Scottish Leaving Certificate Examination, 1951
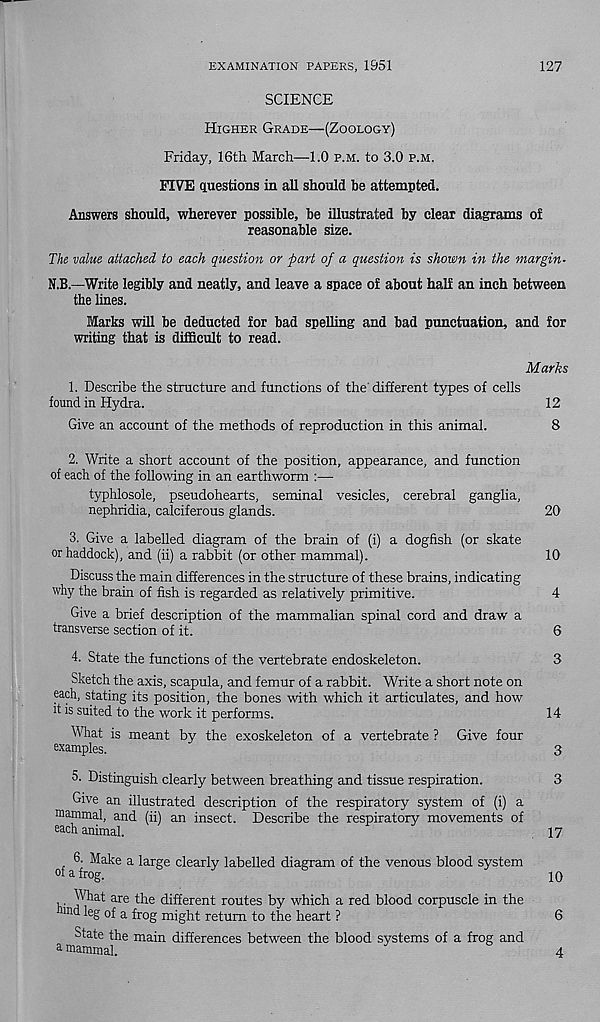
EXAMINATION PAPERS, 1951
127
SCIENCE
Higher Grade—(Zoology)
Friday, 16th March—1.0 p.m. to 3.0 p.m.
FIVE questions in all should be attempted.
Answers should, wherever possible, be illustrated by clear diagrams of
reasonable size.
The value attached to each question or part of a question is shown in the margin-
N.B.—Write legibly and neatly, and leave a space of about half an inch between
the lines.
Marks will be deducted for bad spelling and bad punctuation, and for
writing that is difficult to read.
Marks
1. Describe the structure and functions of the different types of cells
found in Hydra.
12
Give an account of the methods of reproduction in this animal.
8
2. Write a short account of the position, appearance, and function
of each of the following in an earthworm :—
typhlosole, pseudohearts, seminal vesicles, cerebral ganglia.
nephridia, calciferous glands.
20
3. Give a labelled diagram of the brain of (i) a dogfish (or skate
or haddock), and (ii) a rabbit (or other mammal).
10
Discuss the main differences in the structure of these brains, indicating
why the brain of fish is regarded as relatively primitive.
4
Give a brief description of the mammalian spinal cord and draw a
transverse section of it.
6
4. State the functions of the vertebrate endoskeleton.
3
Sketch the axis, scapula, and femur of a rabbit. Write a short note on
each, stating its position, the bones with which it articulates, and how
it is suited to the work it performs.
14
What is meant by the exoskeleton of a vertebrate ? Give four
examples.
3
5. Distinguish clearly between breathing and tissue respiration.
3
Give an illustrated description of the respiratory system of (i) a
mammal, and (ii) an insect. Describe the respiratory movements of
each animal
17
6. Make a large clearly labelled diagram of the venous blood system
°f a frog.
10
What are the different routes by which a red blood corpuscle in the
md leg of a frog might return to the heart ?
6
State the main differences between the blood systems of a frog and
a mammal.
4